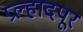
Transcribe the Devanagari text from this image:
प्रल्हादपूर